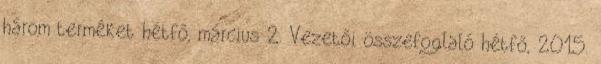
három terméket hétfő, március 2. Vezetői összefoglaló hétfő, 2015.